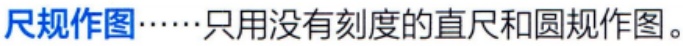
尺规作图……只用没有刻度的直尺和圆规作图。